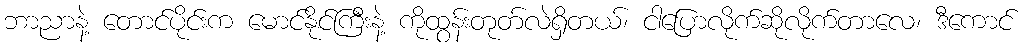
ဘာညာနဲ့ တောင်ပိုင်းက မောင်နိုင်ကြီးနဲ့ ကိုထွန်းတုတ်လဲရှိတယ်၊ ငါပြောလိုက်ဆိုလိုက်တာလေ၊ ဒီကောင်